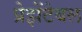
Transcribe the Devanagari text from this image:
प्रेझेंटेबल